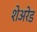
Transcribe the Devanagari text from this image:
शेअरेड